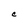
Character: C